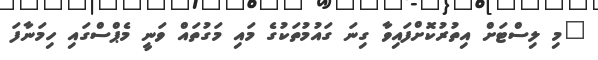
"މި ލިސްޓަށް އިތުރުކޮށްފައިވާ ގިނަ ގައުމުތަކުގެ މައި މަގުތައް ވަނީ މެޕްސްގައި ހިމަނާފަ